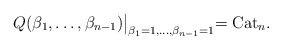
\begin{gather*}Q(\beta_1,\ldots,\beta_{n-1})\bigl|_{\beta_1=1,\ldots,\beta_{n-1}=1} ={\rm Cat}_n.\end{gather*}